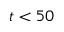
t < 5 0